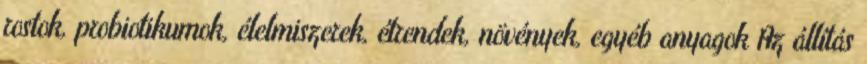
rostok, probiotikumok, élelmiszerek, étrendek, növények, egyéb anyagok Az állítás